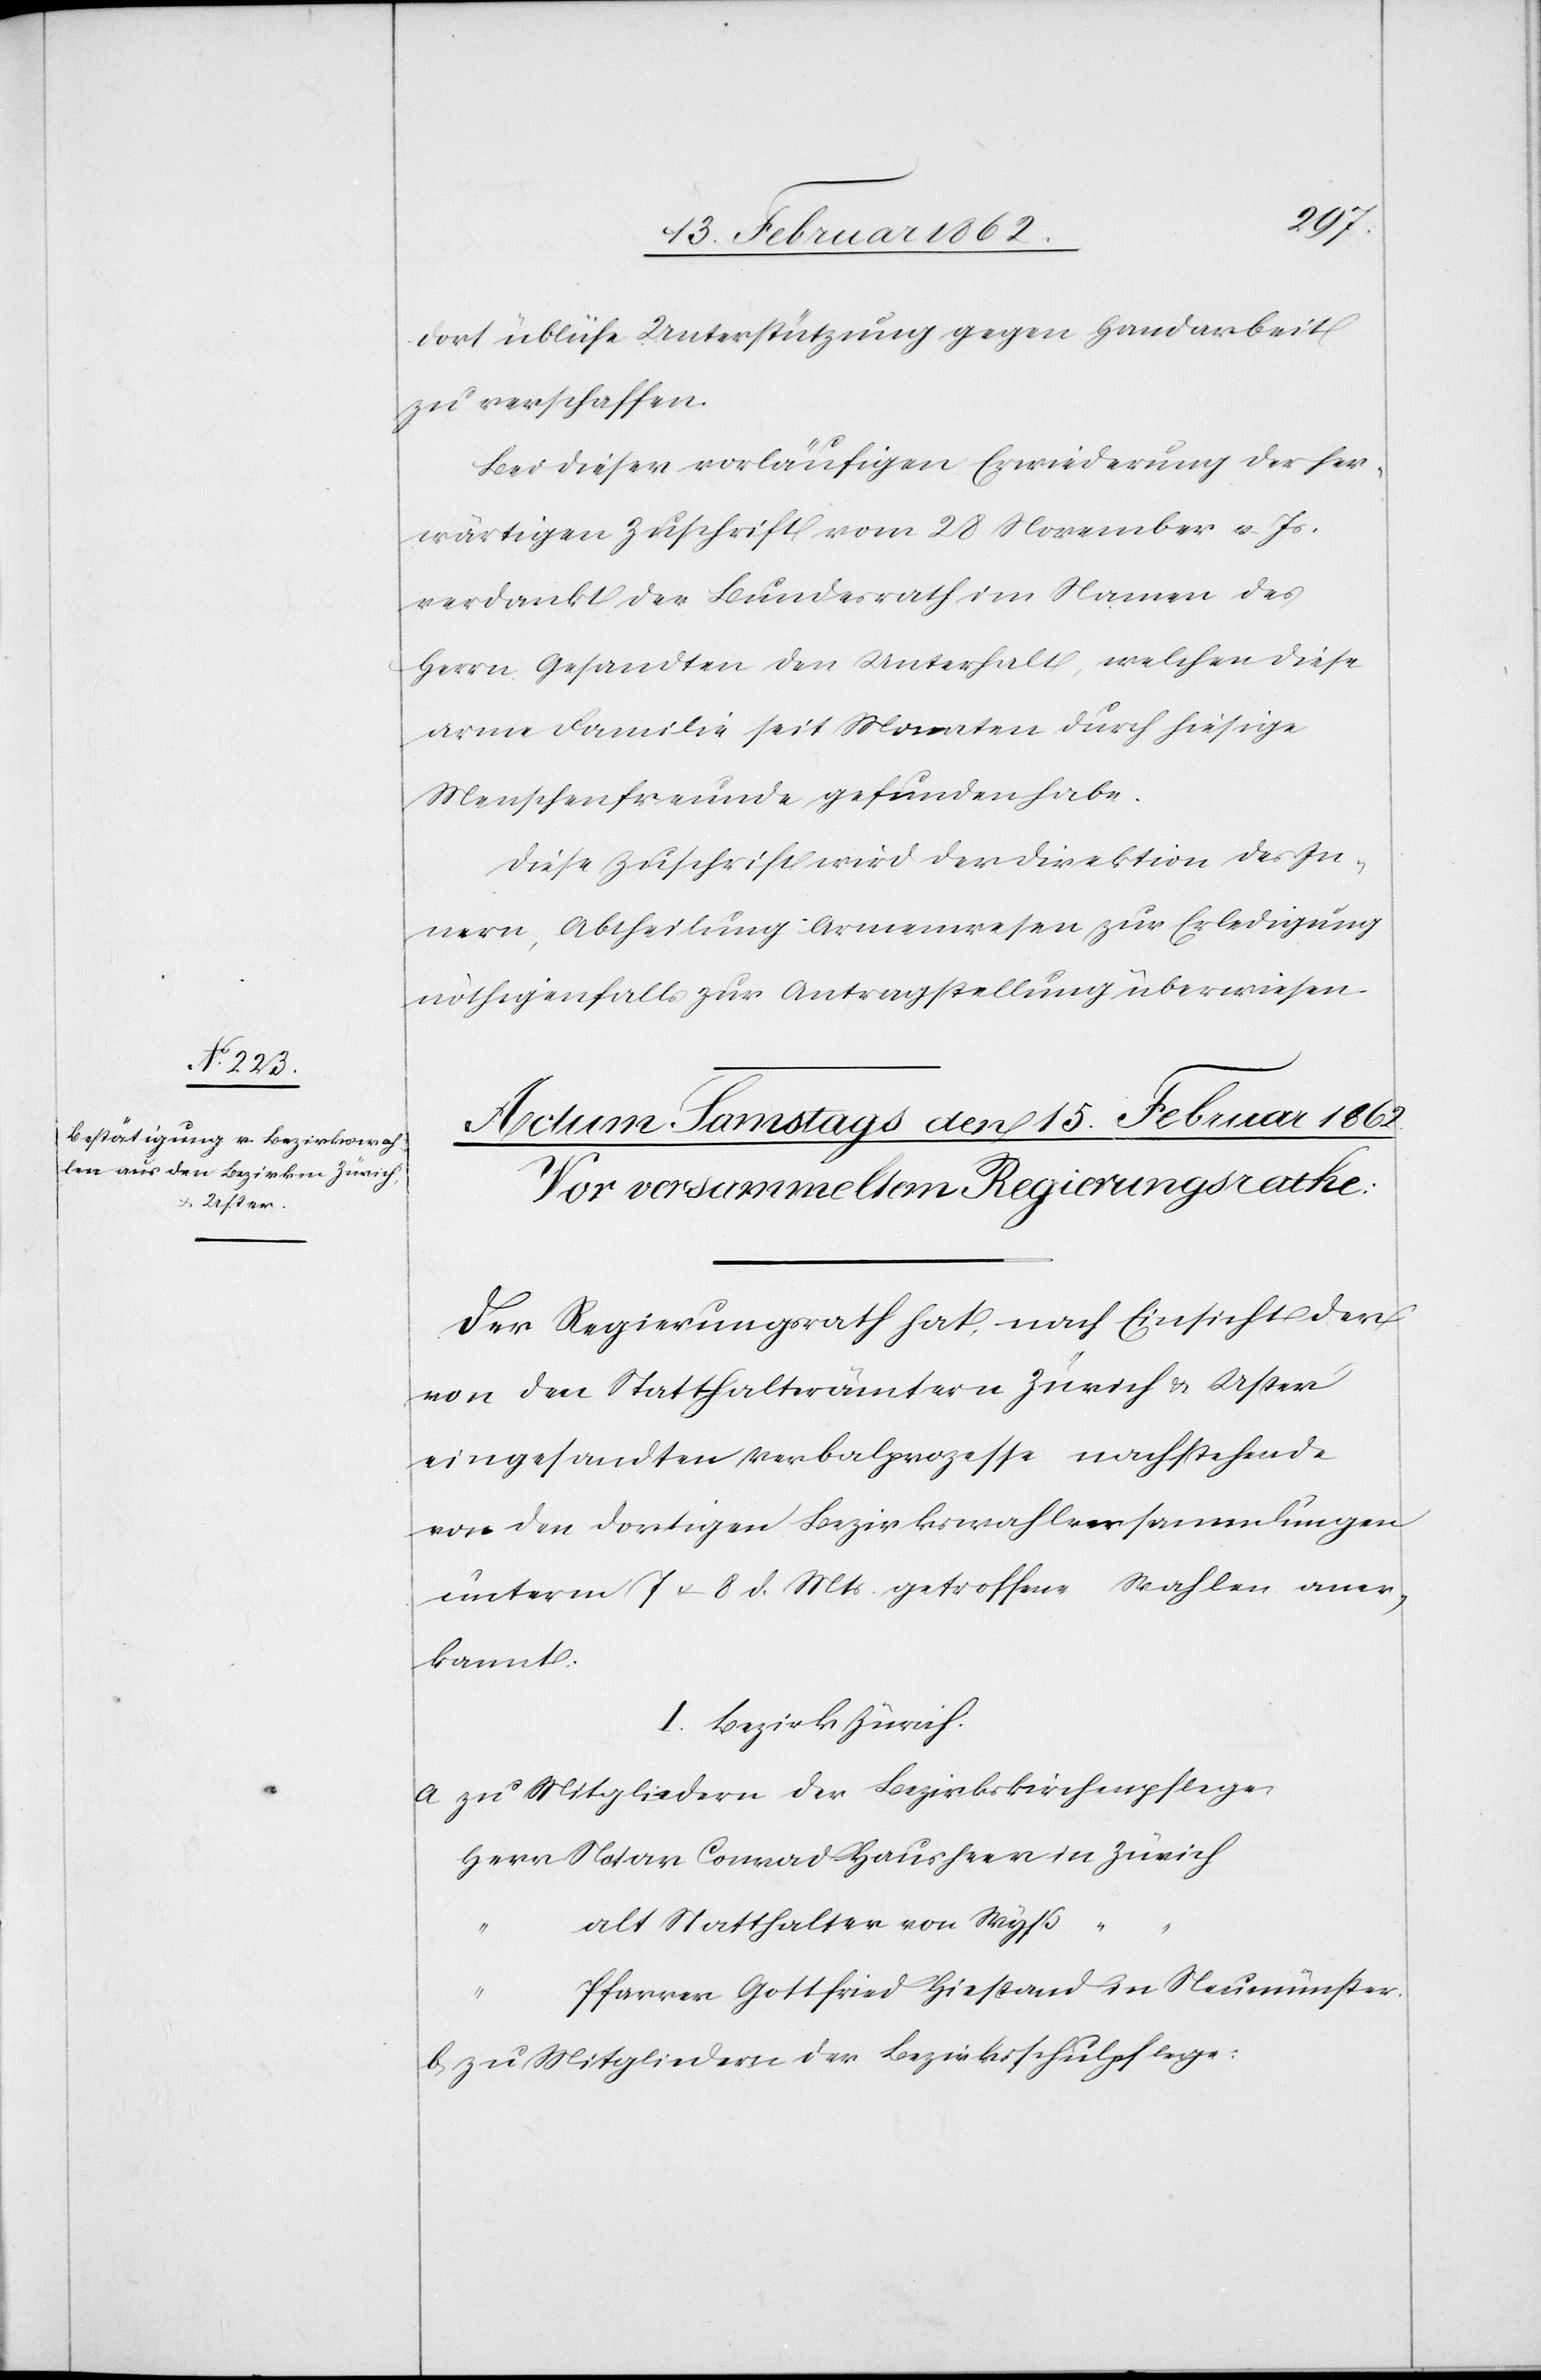
dort übliche Unterstützung gegen Handarbeit
zu verschaffen.
Bei dieser vorläufigen Erwiederung der her¬
wärtigen Zuschrift vom 28 November v. Js.
verdankt der Bundesrath im Namen des
Herrn Gesandten den Unterhalt, welchen diese
arme Familie seit Monaten durch hiesige
Menschenfreunde gefunden habe.
Diese Zuschrift wird der Direktion des In¬
nern, Abtheilung Armenwesen zur Erledigung
nöthigenfalls zur Antragstellung überwiesen.
Der Regierungsrath hat, nach Einsicht der
von den Statthalterämtern Zürich & Uster
eingesandten Verbalprozesse nachstehende
von den dortigen Bezirkswahlversammlungen
unterm 7 u. 8 d. Mts. getroffene Wahlen aner¬
kannt.
I. Bezirk Zürich.
a) zu Mitgliedern der Bezirkskirchenpflege
Herr Notar Conrad Hausheer in Zürich
alt Statthalter von Wyß
“
Pfarrer Gottfried Hiestand in Neumünster
b) zu Mitgliedern der Bezirksschulpflege: